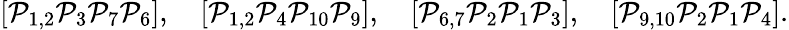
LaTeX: [\mathcal{P}_{1,2}\mathcal{P}_{3}\mathcal{P}_{7}\mathcal{P}_{6}],\quad[\mathcal{P}_{1,2}\mathcal{P}_{4}\mathcal{P}_{10}\mathcal{P}_{9}],\quad[\mathcal{P}_{6,7}\mathcal{P}_{2}\mathcal{P}_{1}\mathcal{P}_{3}],\quad[\mathcal{P}_{9,10}\mathcal{P}_{2}\mathcal{P}_{1}\mathcal{P}_{4}].